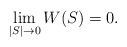
LaTeX: \begin{align*} \lim\limits_{|S|\to0} W(S)=0.\end{align*}